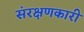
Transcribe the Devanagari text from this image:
संरक्षणकारी